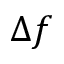
\Delta f